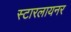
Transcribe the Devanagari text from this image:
स्टारलायनर